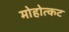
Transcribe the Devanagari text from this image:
मोहोत्कट